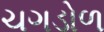
ચગડોળ